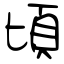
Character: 頃